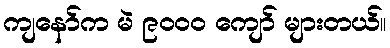
ကျနော်က မဲ ၉၀၀၀ ကျော် များတယ်။